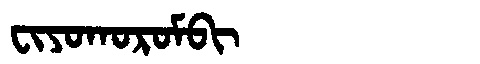
Manchu: ᠸᡳᠶᠣᡴᠣᡵᠣᠮᠪᡳ
Romanization: FIYOKOROMBI